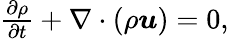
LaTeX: \begin{array}{r}{\frac{\partial\rho}{\partial t}+\nabla\cdot(\rho\boldsymbol{u})=0,}\end{array}